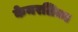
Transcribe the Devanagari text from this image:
केमरलिज्म